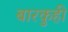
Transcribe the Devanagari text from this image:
बारकुही